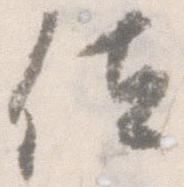
位